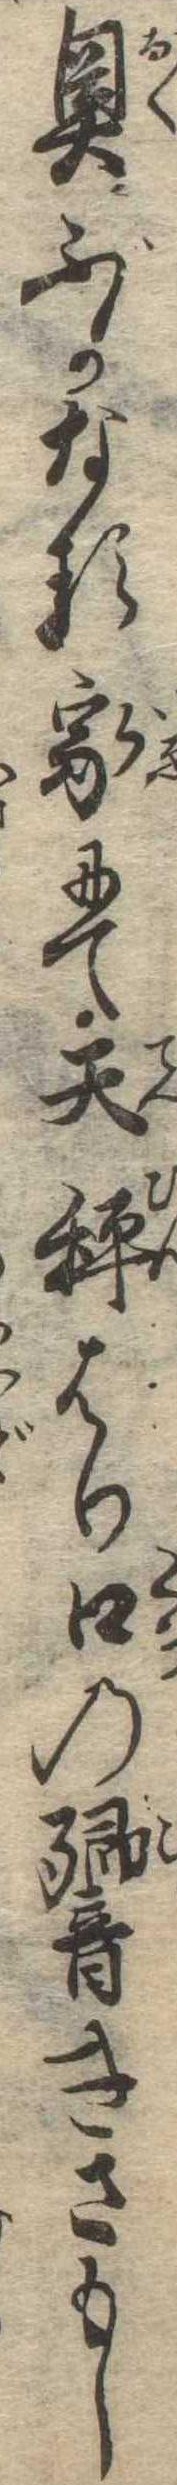
奥ぶかなる家にて天秤はり口の響きさもし